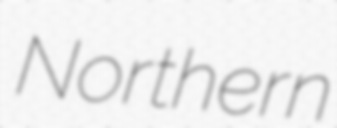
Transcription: Northern